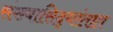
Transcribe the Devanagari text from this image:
संख्यासिद्धांतात